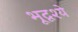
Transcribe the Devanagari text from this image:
भूदृश्ये